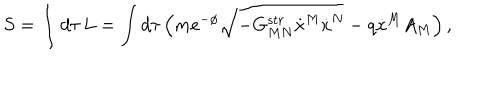
S = \int d \tau \, L = \int d \tau \left( m e ^ { - \phi } \sqrt { - G _ { M N } ^ { s t r } \dot { x } ^ { M } \dot { x } ^ { N } } - q \dot { x } ^ { M } A _ { M } \right) ,